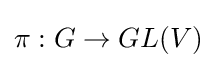
\pi :G\to GL(V)